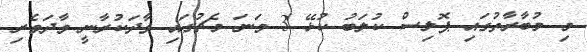
މި މުބާރާތުގައި ޕޮލިސް ކުލަބު ކުޅޭ 3 ވަނަ މެޗުގައި ވާދަކުރާނީ ވާދަވެރި